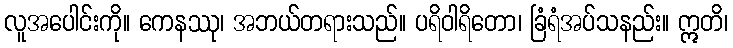
လူအပေါင်းကို။ ကေနဿု၊ အဘယ်တရားသည်။ ပရိဝါရိတော၊ ခြံရံအပ်သနည်း။ ဣတိ၊